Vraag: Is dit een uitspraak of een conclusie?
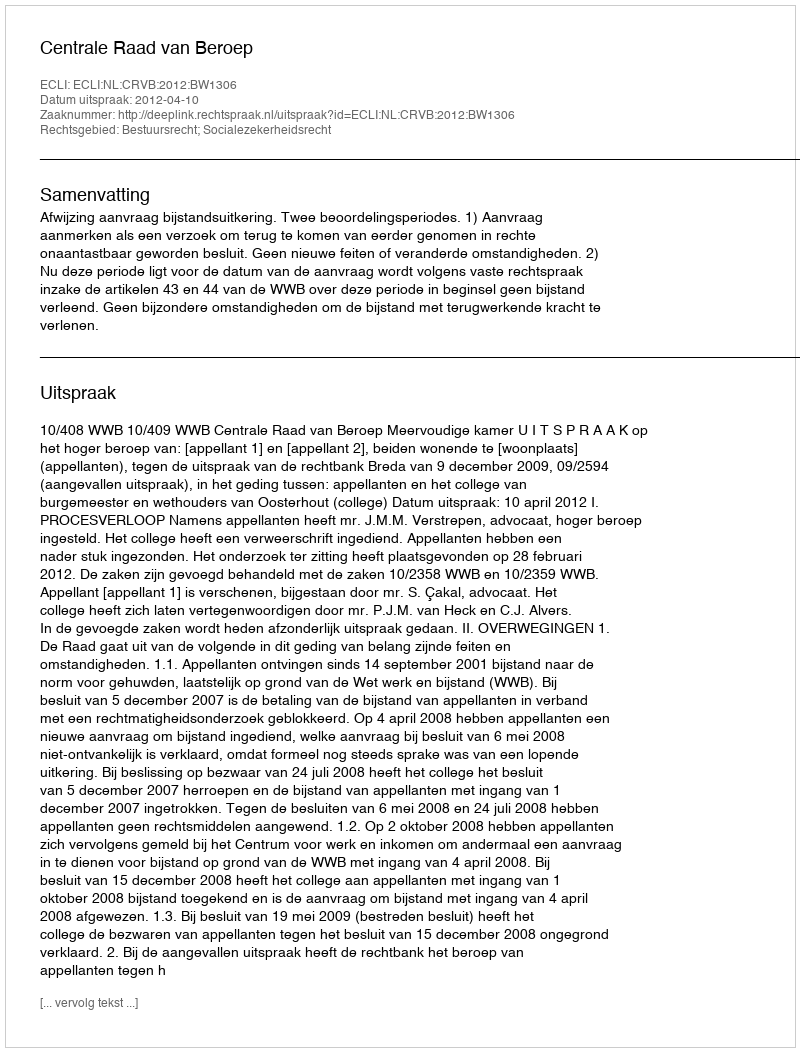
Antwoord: Uitspraak